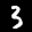
Label: 3